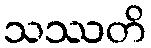
သဿတိ